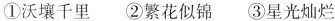
①沃壤千里 ②繁花似锦 ③星光灿烂